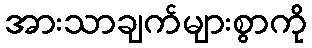
အားသာချက်များစွာကို